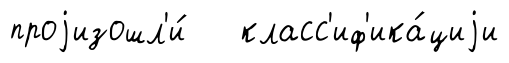
проjизошл'и́ класс'иф'ика́циjи